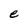
Character: e